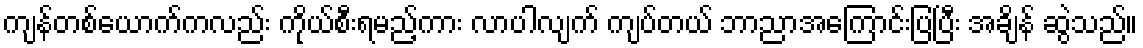
ကျန်တစ်ယောက်ကလည်း ကိုယ်စီးရမည့်ကား လာပါလျက် ကျပ်တယ် ဘာညာအကြောင်းပြပြီး အချိန် ဆွဲသည်။